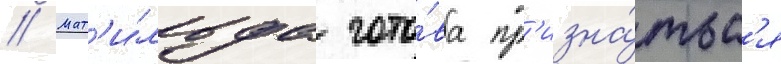
// Мат'и́льда гото́ва пр'изна́тьс'я